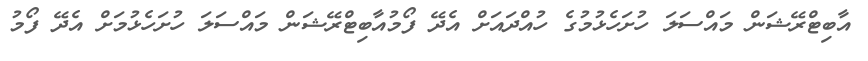
އާބިޓްރޭޝަން މައްސަލަ ހުށަހެޅުމުގެ ހުއްދައަށް އެދޭ ފޯމުއާބިޓްރޭޝަން މައްސަލަ ހުށަހެޅުމަށް އެދޭ ފޯމު